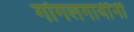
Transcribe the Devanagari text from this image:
गोगलगायींनी